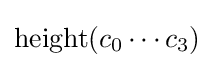
\operatorname {height} (c_{0}\cdots c_{3})